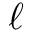
\ell